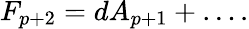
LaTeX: F_{p+2}=dA_{p+1}+\ldots.